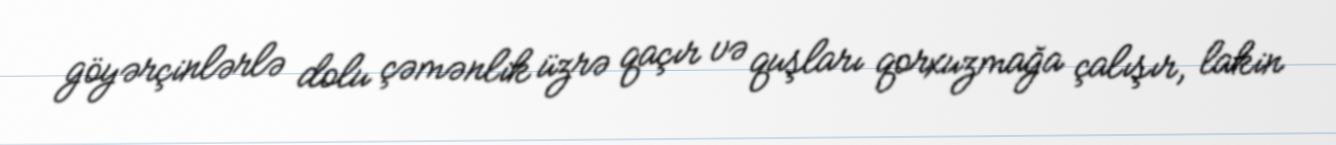
göyərçinlərlə dolu çəmənlik üzrə qaçır və quşları qorxuzmağa çalışır, lakin